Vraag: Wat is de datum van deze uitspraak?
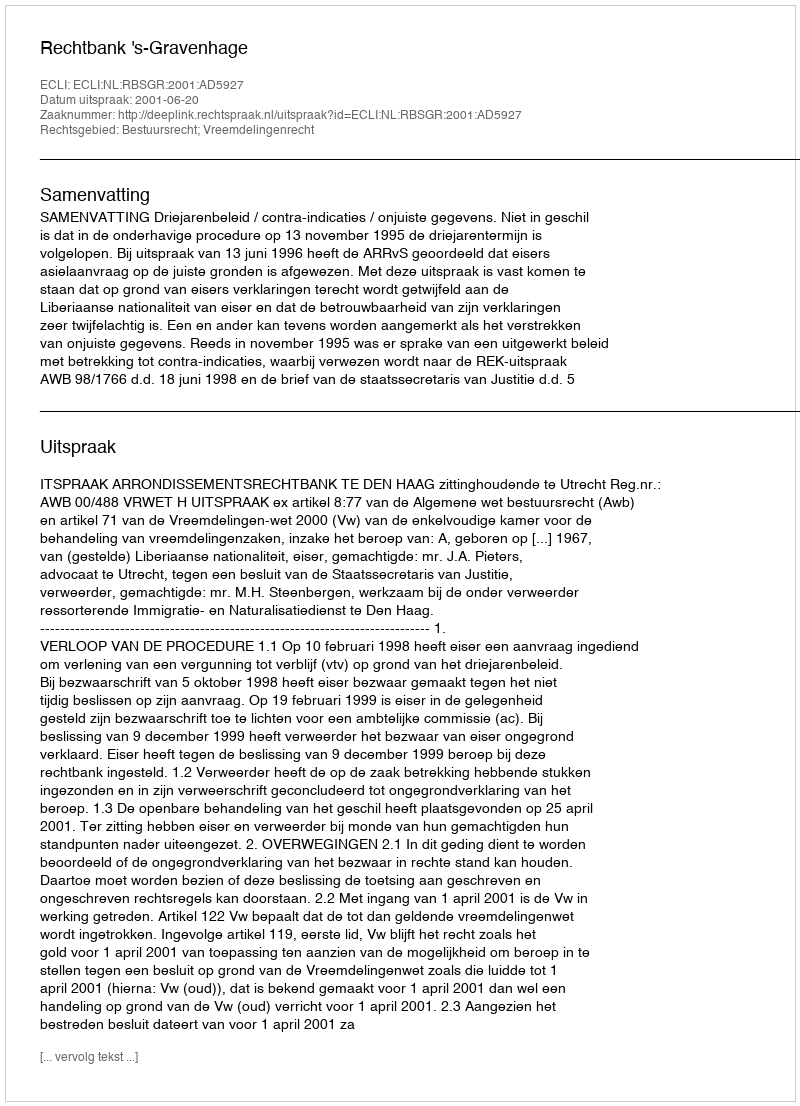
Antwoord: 2001-06-20